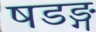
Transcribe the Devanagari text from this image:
षडङ्ग